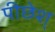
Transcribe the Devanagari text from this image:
पीछेश्